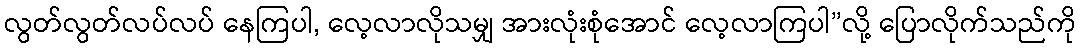
လွတ်လွတ်လပ်လပ် နေကြပါ, လေ့လာလိုသမျှ အားလုံးစုံအောင် လေ့လာကြပါ”လို့ ပြောလိုက်သည်ကို